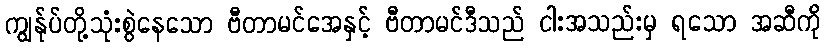
ကျွန်ုပ်တို့သုံးစွဲနေသော ဗီတာမင်အေနှင့် ဗီတာမင်ဒီသည် ငါးအသည်းမှ ရသော အဆီကို